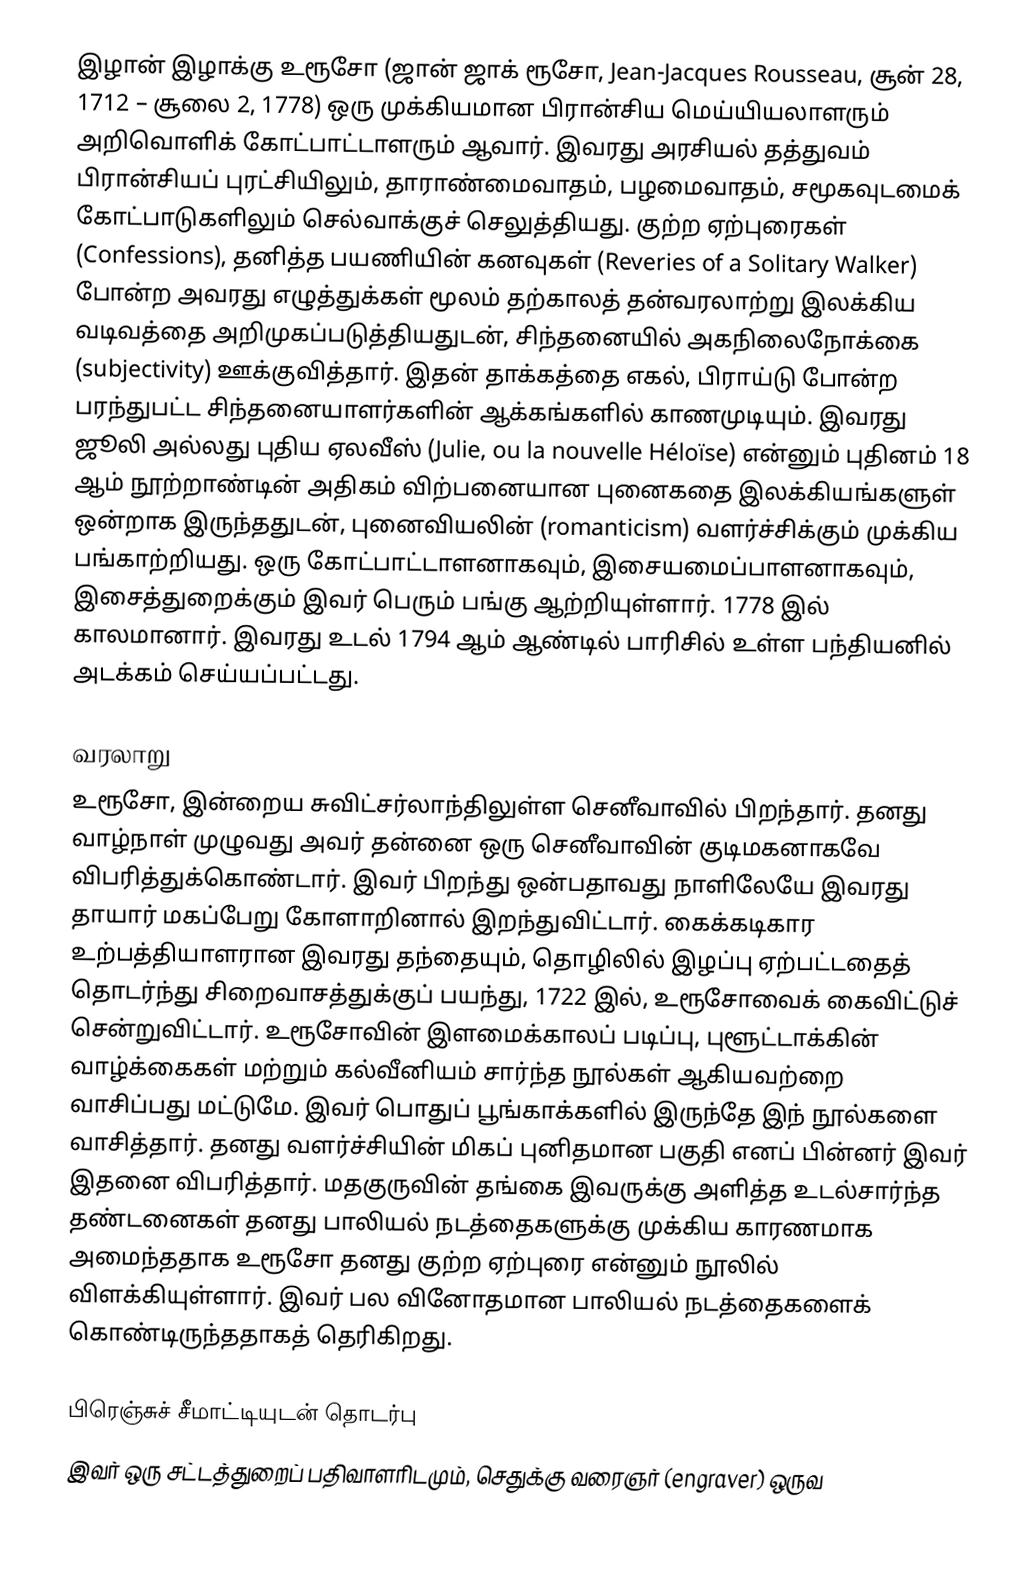
இழான் இழாக்கு உரூசோ (ஜான் ஜாக் ரூசோ, Jean-Jacques Rousseau, சூன் 28, 1712 – சூலை 2, 1778) ஒரு முக்கியமான பிரான்சிய மெய்யியலாளரும் அறிவொளிக் கோட்பாட்டாளரும் ஆவார். இவரது அரசியல் தத்துவம் பிரான்சியப் புரட்சியிலும், தாராண்மைவாதம், பழமைவாதம், சமூகவுடமைக் கோட்பாடுகளிலும் செல்வாக்குச் செலுத்தியது. குற்ற ஏற்புரைகள் (Confessions), தனித்த பயணியின் கனவுகள் (Reveries of a Solitary Walker) போன்ற அவரது எழுத்துக்கள் மூலம் தற்காலத் தன்வரலாற்று இலக்கிய வடிவத்தை அறிமுகப்படுத்தியதுடன், சிந்தனையில் அகநிலைநோக்கை (subjectivity) ஊக்குவித்தார். இதன் தாக்கத்தை எகல், பிராய்டு போன்ற பரந்துபட்ட சிந்தனையாளர்களின் ஆக்கங்களில் காணமுடியும். இவரது ஜூலி அல்லது புதிய ஏலவீஸ் (Julie, ou la nouvelle Héloïse) என்னும் புதினம் 18 ஆம் நூற்றாண்டின் அதிகம் விற்பனையான புனைகதை இலக்கியங்களுள் ஒன்றாக இருந்ததுடன், புனைவியலின் (romanticism) வளர்ச்சிக்கும் முக்கிய பங்காற்றியது. ஒரு கோட்பாட்டாளனாகவும், இசையமைப்பாளனாகவும், இசைத்துறைக்கும் இவர் பெரும் பங்கு ஆற்றியுள்ளார். 1778 இல் காலமானார். இவரது உடல் 1794 ஆம் ஆண்டில் பாரிசில் உள்ள பந்தியனில் அடக்கம் செய்யப்பட்டது.

வரலாறு
உரூசோ, இன்றைய சுவிட்சர்லாந்திலுள்ள செனீவாவில் பிறந்தார். தனது வாழ்நாள் முழுவது அவர் தன்னை ஒரு செனீவாவின் குடிமகனாகவே விபரித்துக்கொண்டார். இவர் பிறந்து ஒன்பதாவது நாளிலேயே இவரது தாயார் மகப்பேறு கோளாறினால் இறந்துவிட்டார். கைக்கடிகார உற்பத்தியாளரான இவரது தந்தையும், தொழிலில் இழப்பு ஏற்பட்டதைத் தொடர்ந்து சிறைவாசத்துக்குப் பயந்து, 1722 இல், உரூசோவைக் கைவிட்டுச் சென்றுவிட்டார். உரூசோவின் இளமைக்காலப் படிப்பு, புளூட்டாக்கின் வாழ்க்கைகள் மற்றும் கல்வீனியம் சார்ந்த நூல்கள் ஆகியவற்றை வாசிப்பது மட்டுமே. இவர் பொதுப் பூங்காக்களில் இருந்தே இந் நூல்களை வாசித்தார். தனது வளர்ச்சியின் மிகப் புனிதமான பகுதி எனப் பின்னர் இவர் இதனை விபரித்தார். மதகுருவின் தங்கை இவருக்கு அளித்த உடல்சார்ந்த தண்டனைகள் தனது பாலியல் நடத்தைகளுக்கு முக்கிய காரணமாக அமைந்ததாக உரூசோ தனது குற்ற ஏற்புரை என்னும் நூலில் விளக்கியுள்ளார். இவர் பல வினோதமான பாலியல் நடத்தைகளைக் கொண்டிருந்ததாகத் தெரிகிறது.

பிரெஞ்சுச் சீமாட்டியுடன் தொடர்பு
இவர் ஒரு சட்டத்துறைப் பதிவாளரிடமும், செதுக்கு வரைஞர் (engraver) ஒருவ